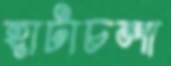
হাটাচলা